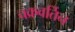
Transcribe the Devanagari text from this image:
चक्रवर्तिन